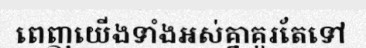
ពេញយើងទាំងអស់គ្នាគួរតែទៅ